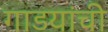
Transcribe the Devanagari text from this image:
गाडयांची